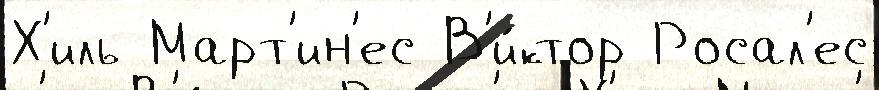
Х'иль Март'ин'ес В'и́ктор Росал'ес